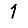
Digit: 1